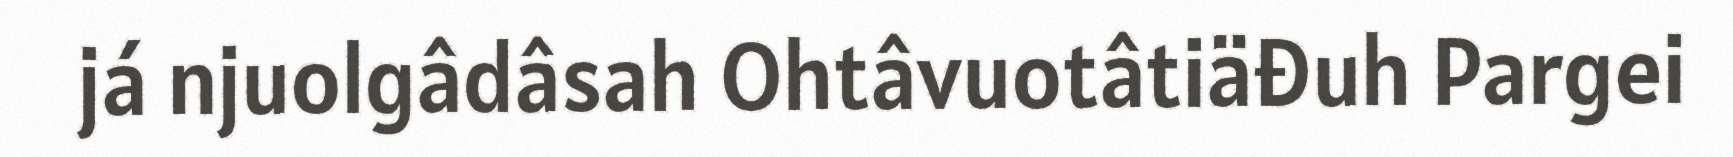
já njuolgâdâsah Ohtâvuotâtiäđuh Pargei